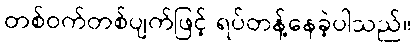
တစ်ဝက်တစ်ပျက်ဖြင့် ရပ်တန့်နေခဲ့ပါသည်။